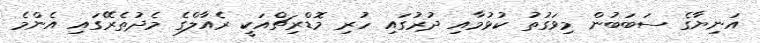
އަނިޔާގެ ސަބަބުން މިވަގުތު ކުޅުމާއި ދުރުގައި ހުރި މޮޑްރިޗްއަކީ ރެއާލްގެ މެދުތެރޭގައި އެންމެ